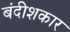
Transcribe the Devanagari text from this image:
बंदीशकार